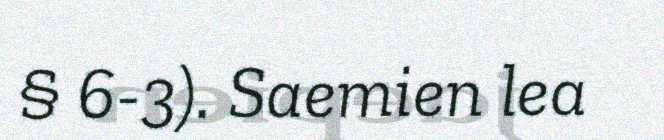
§ 6-3). Saemien lea